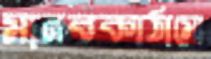
মানবকাঠামো